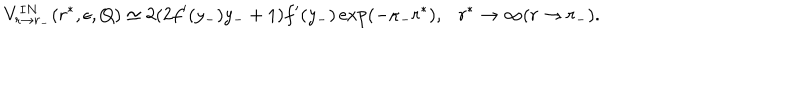
V _ { r \to r _ { - } } ^ { I N } ( r ^ { * } , \epsilon , Q ) \simeq 2 ( 2 f ^ { \prime } ( y _ { - } ) y _ { - } + 1 ) f ^ { \prime } ( y _ { - } ) \exp ( - \kappa _ { - } r ^ { * } ) , r ^ { * } \to \infty ( r \to r _ { - } ) .